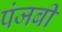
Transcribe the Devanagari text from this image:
पंजबी